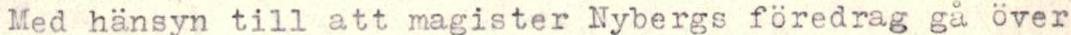
Med hänsyn till att magister Nybergs föredrag gå över